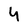
Character: 4